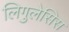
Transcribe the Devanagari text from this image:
लिगुलेसिस